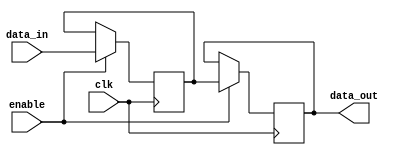
module memory_block (
    input wire clk,             // Global clock signal
    input wire enable,          // Enable signal for the memory block
    input wire [7:0] data_in,   // Data input for the memory block
    output reg [7:0] data_out   // Data output for the memory block
);

    // Memory array
    reg [7:0] mem_array [0:15]; // Example: 16 x 8-bit memory

    // Write operation (if enabled)
    always @(posedge clk) begin
        if (enable) begin
            // Write data to memory when enabled
            mem_array[0] <= data_in;  // Writing to a fixed address for simplicity
        end
    end

    // Read operation (if enabled)
    always @(posedge clk) begin
        if (enable) begin
            // Read data from memory when enabled
            data_out <= mem_array[0];  // Reading from a fixed address for simplicity
        end
    end

endmodule